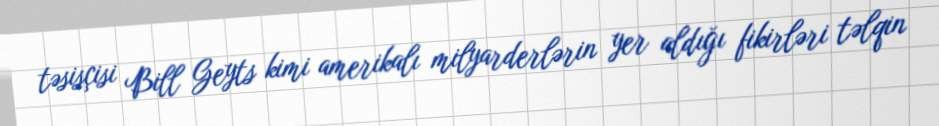
təsisçisi Bill Geyts kimi amerikalı milyarderlərin yer aldığı fikirləri təlqin